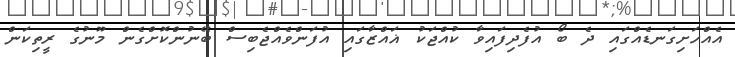
އެއްހަށިގަނޑެއްގައި ދެ ބޯ އުފެދިފައިވާ ކުއްޖަކު ޣައްޒާގައި އުފަންވެއްޖެބިސް ބޭނުންކޮށްގެން މޫނުގެ ރީތިކަން